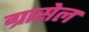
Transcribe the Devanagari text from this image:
ग्रासेल